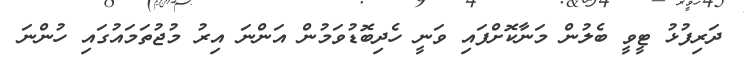
ދަރިފުޅު ޓީވީ ބެލުން މަނާކޮށްފައި ވަނީ ހެދިބޮޑުވަމުން އަންނަ އިރު މުޖުތަމައުގައި ހުންނަ